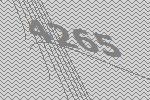
4265